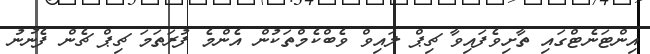
އިންޓަނެޓްގައި ތާށިވެފައިވާ ޗިޕް ލައިވް ވެބްކެމްތަކުން އެންމެ ފުރަތަމަ ޗިޕް ޗެން ފެނުނު